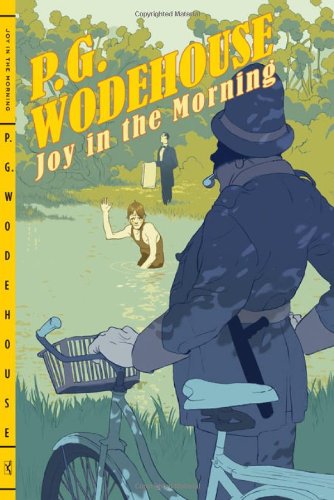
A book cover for Joy in the Morning; P. G. Wodehouse; Literature & Fiction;